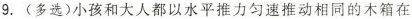
9.(多选)小孩和大人都以水平推力匀速推动相同的木箱在